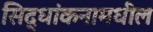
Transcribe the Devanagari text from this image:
सिद्धांकनामधील